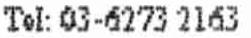
TEL: 03-6273 2163